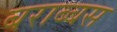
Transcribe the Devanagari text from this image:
बराब्बस